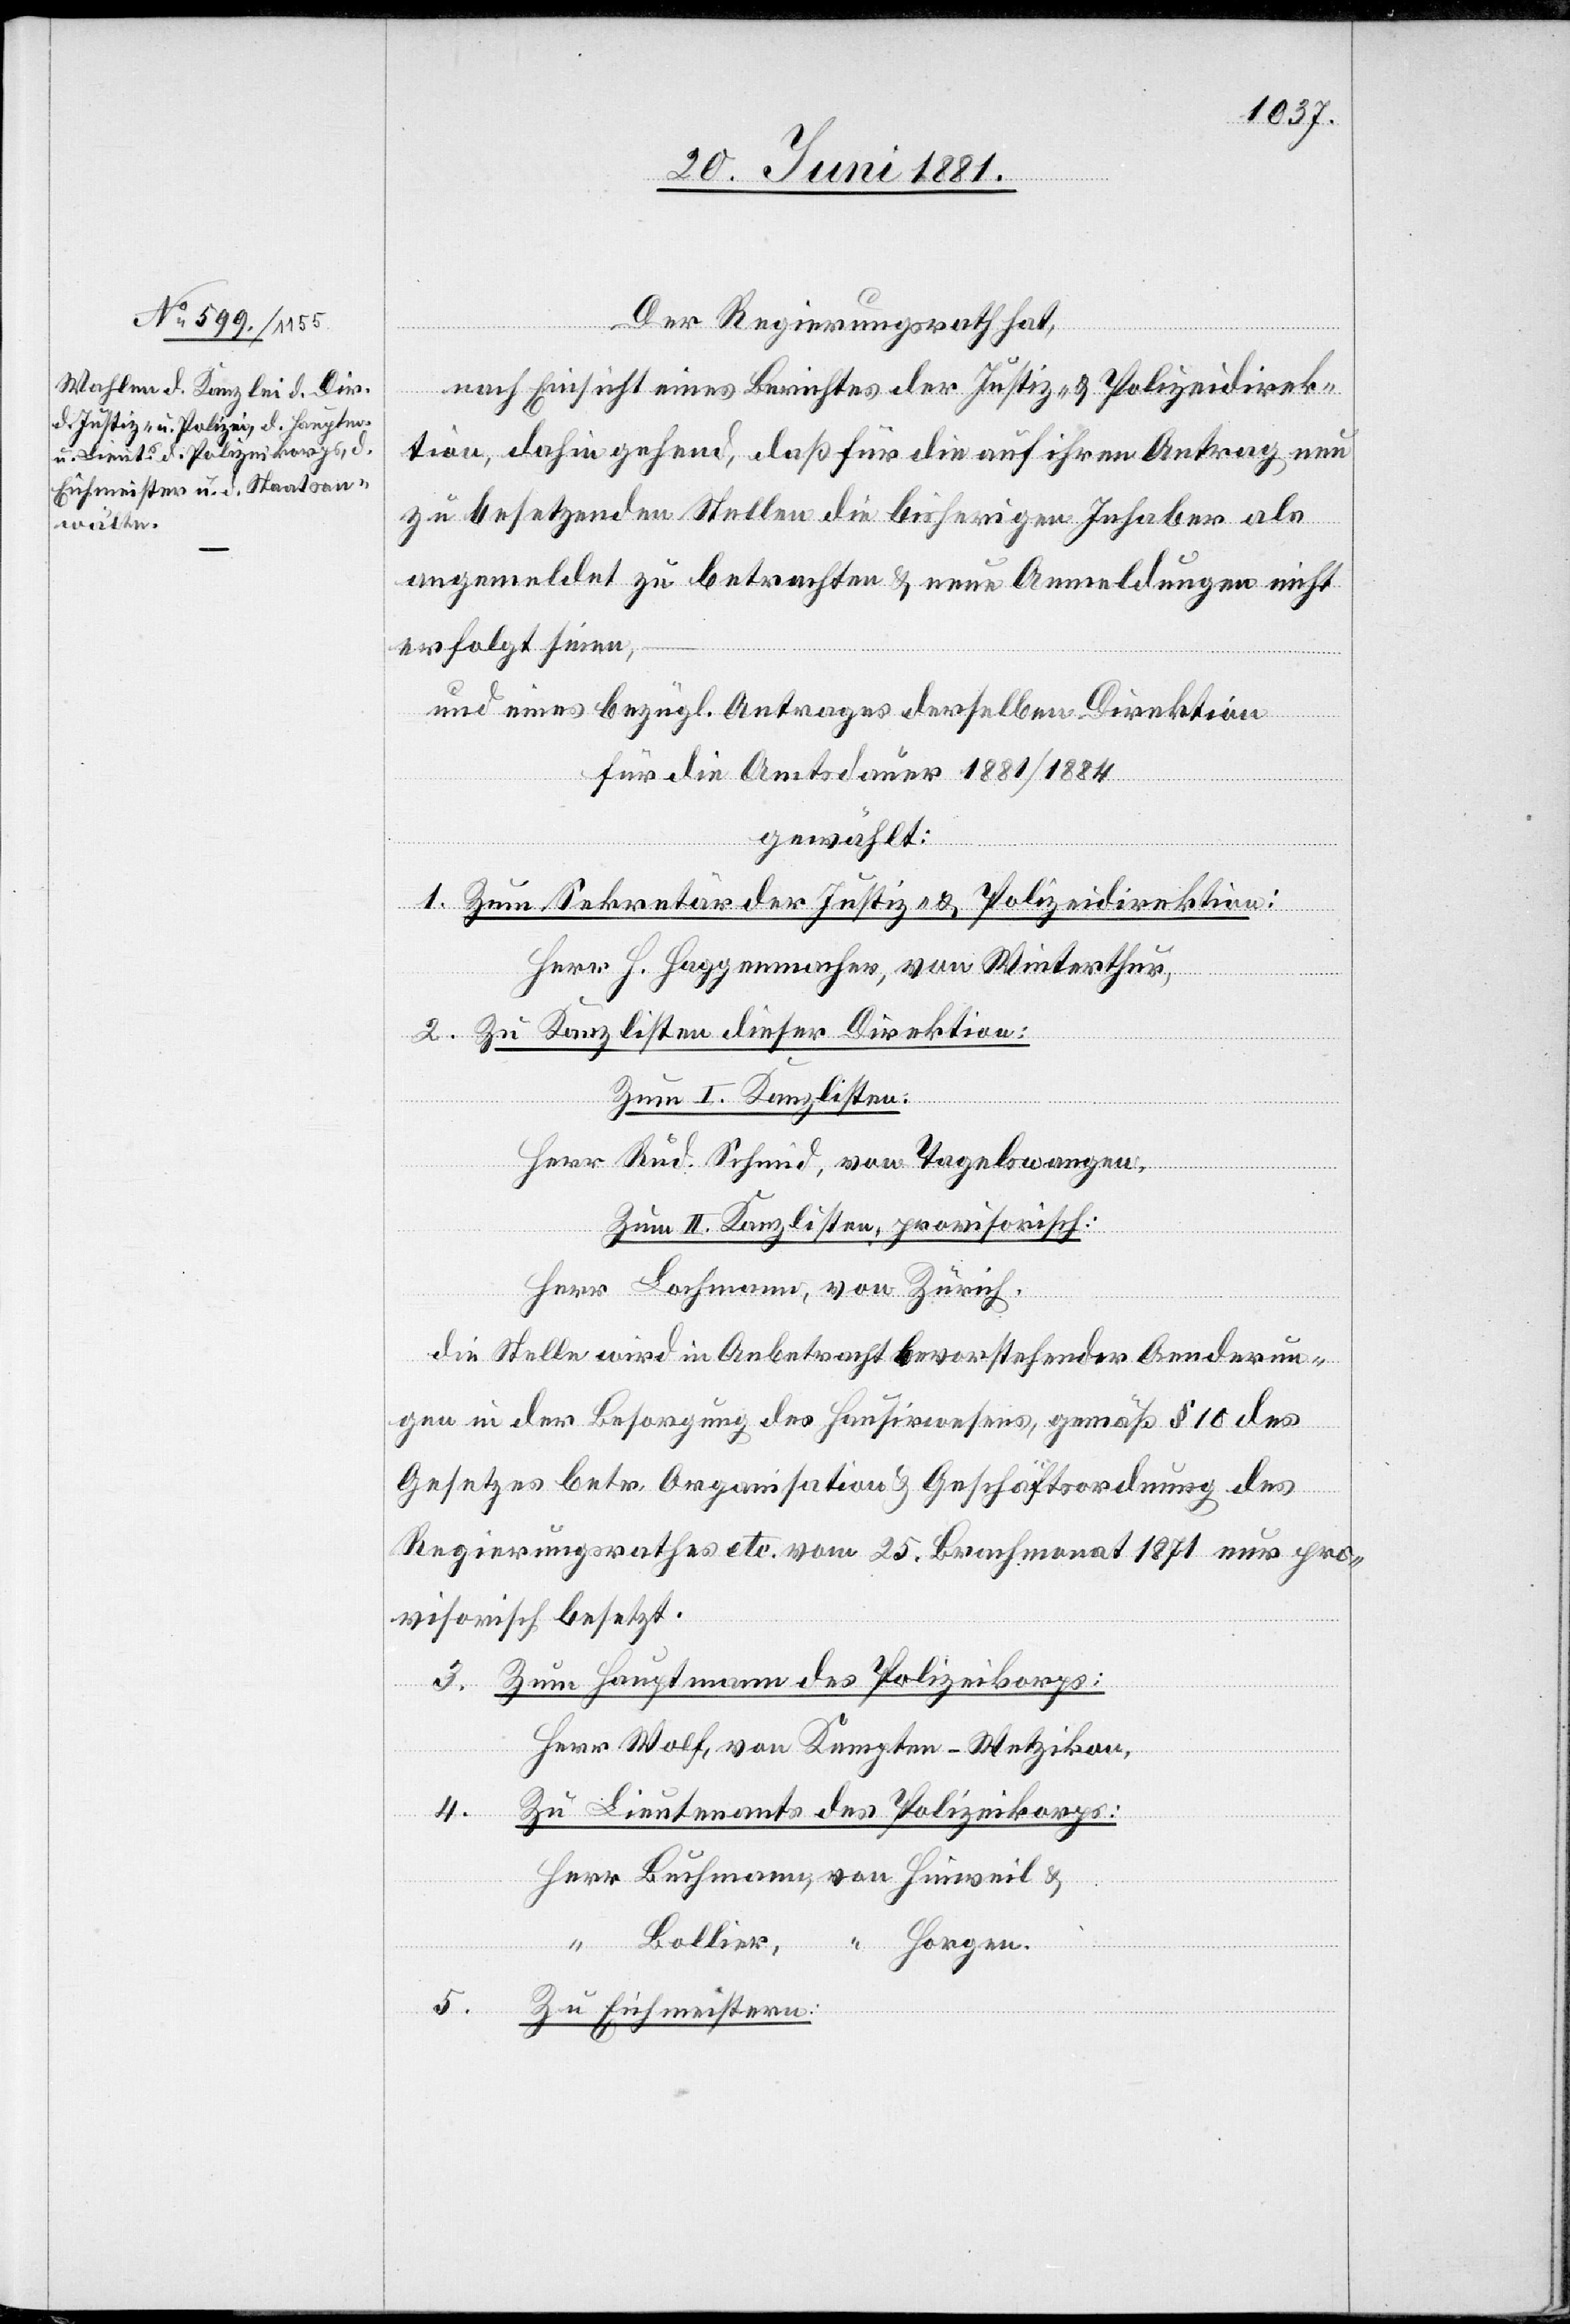
Der Regierungsrath hat,
nach Einsicht eines Berichtes der Justiz- & Polizeidirek¬
tion, dahin gehend, daß für die auf ihren Antrag neu
zu besetzenden Stellen die bisherigen Inhaber als
angemeldet zu betrachten & neue Anmeldungen nicht
erfolgt seien,
und eines bezügl. Antrages derselben Direktion
für die Amtsdauer 1881/1884
gewählt:
Zum Sekretär der Justiz- & Polizeidirektion:
Herr H. Haggenmacher, von Winterthur,
Zu Kanzlisten dieser Direktion:
Zum II. Kanzlisten:
Herr Rud. Schmid, von Tagelswangen.
Herr Lochmann, von Zürich.
die Stelle wird in Anbetracht bevorstehender Aenderun¬
gen in der Besorgung des Hausirwesens, gemäß § 10 des
Gesetzes betr. Organisation & Geschäftsordnung des
Regierungsrathes etc. vom 25. Brachmonat 1871 nur pro¬
visorisch besetzt.
5.
Zum Hauptmann des Polizeikorps:
Herr Wolf, von Kempten - Wetzikon,
Zu Lieutenants des Polizeikorps:
4.
Herr Buchmann, von Hinweil &
“ Horgen.
“ Bollier,
Zum Eichmeistern: